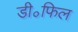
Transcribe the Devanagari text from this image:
डी॰फिल